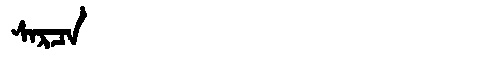
Manchu: ᠰᠠᡵᠴᠠ
Romanization: SARCA